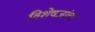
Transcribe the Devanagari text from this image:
विशेषज्ञांचा